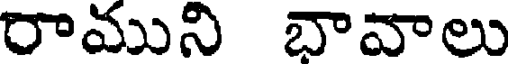
రాముని బావాలు